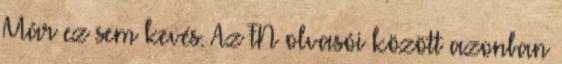
Már ez sem kevés. Az FN olvasói között azonban